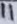
Text: 11